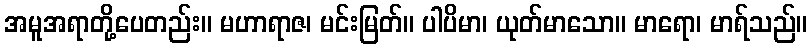
အမူအရာတို့ပေတည်း။ မဟာရာဇ၊ မင်းမြတ်။ ပါပိမာ၊ ယုတ်မာသော။ မာရော၊ မာရ်သည်။